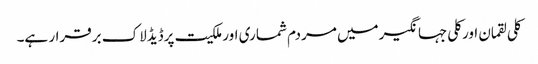
کلی لقمان اورکلی جہانگیرمیں مردم شماری اورملکیت پرڈیڈلاک برقرار ہے۔